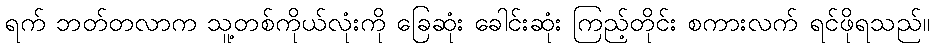
ရက် ဘတ်တလာက သူ့တစ်ကိုယ်လုံးကို ခြေဆုံး ခေါင်းဆုံး ကြည့်တိုင်း စကားလက် ရင်ဖိုရသည်။